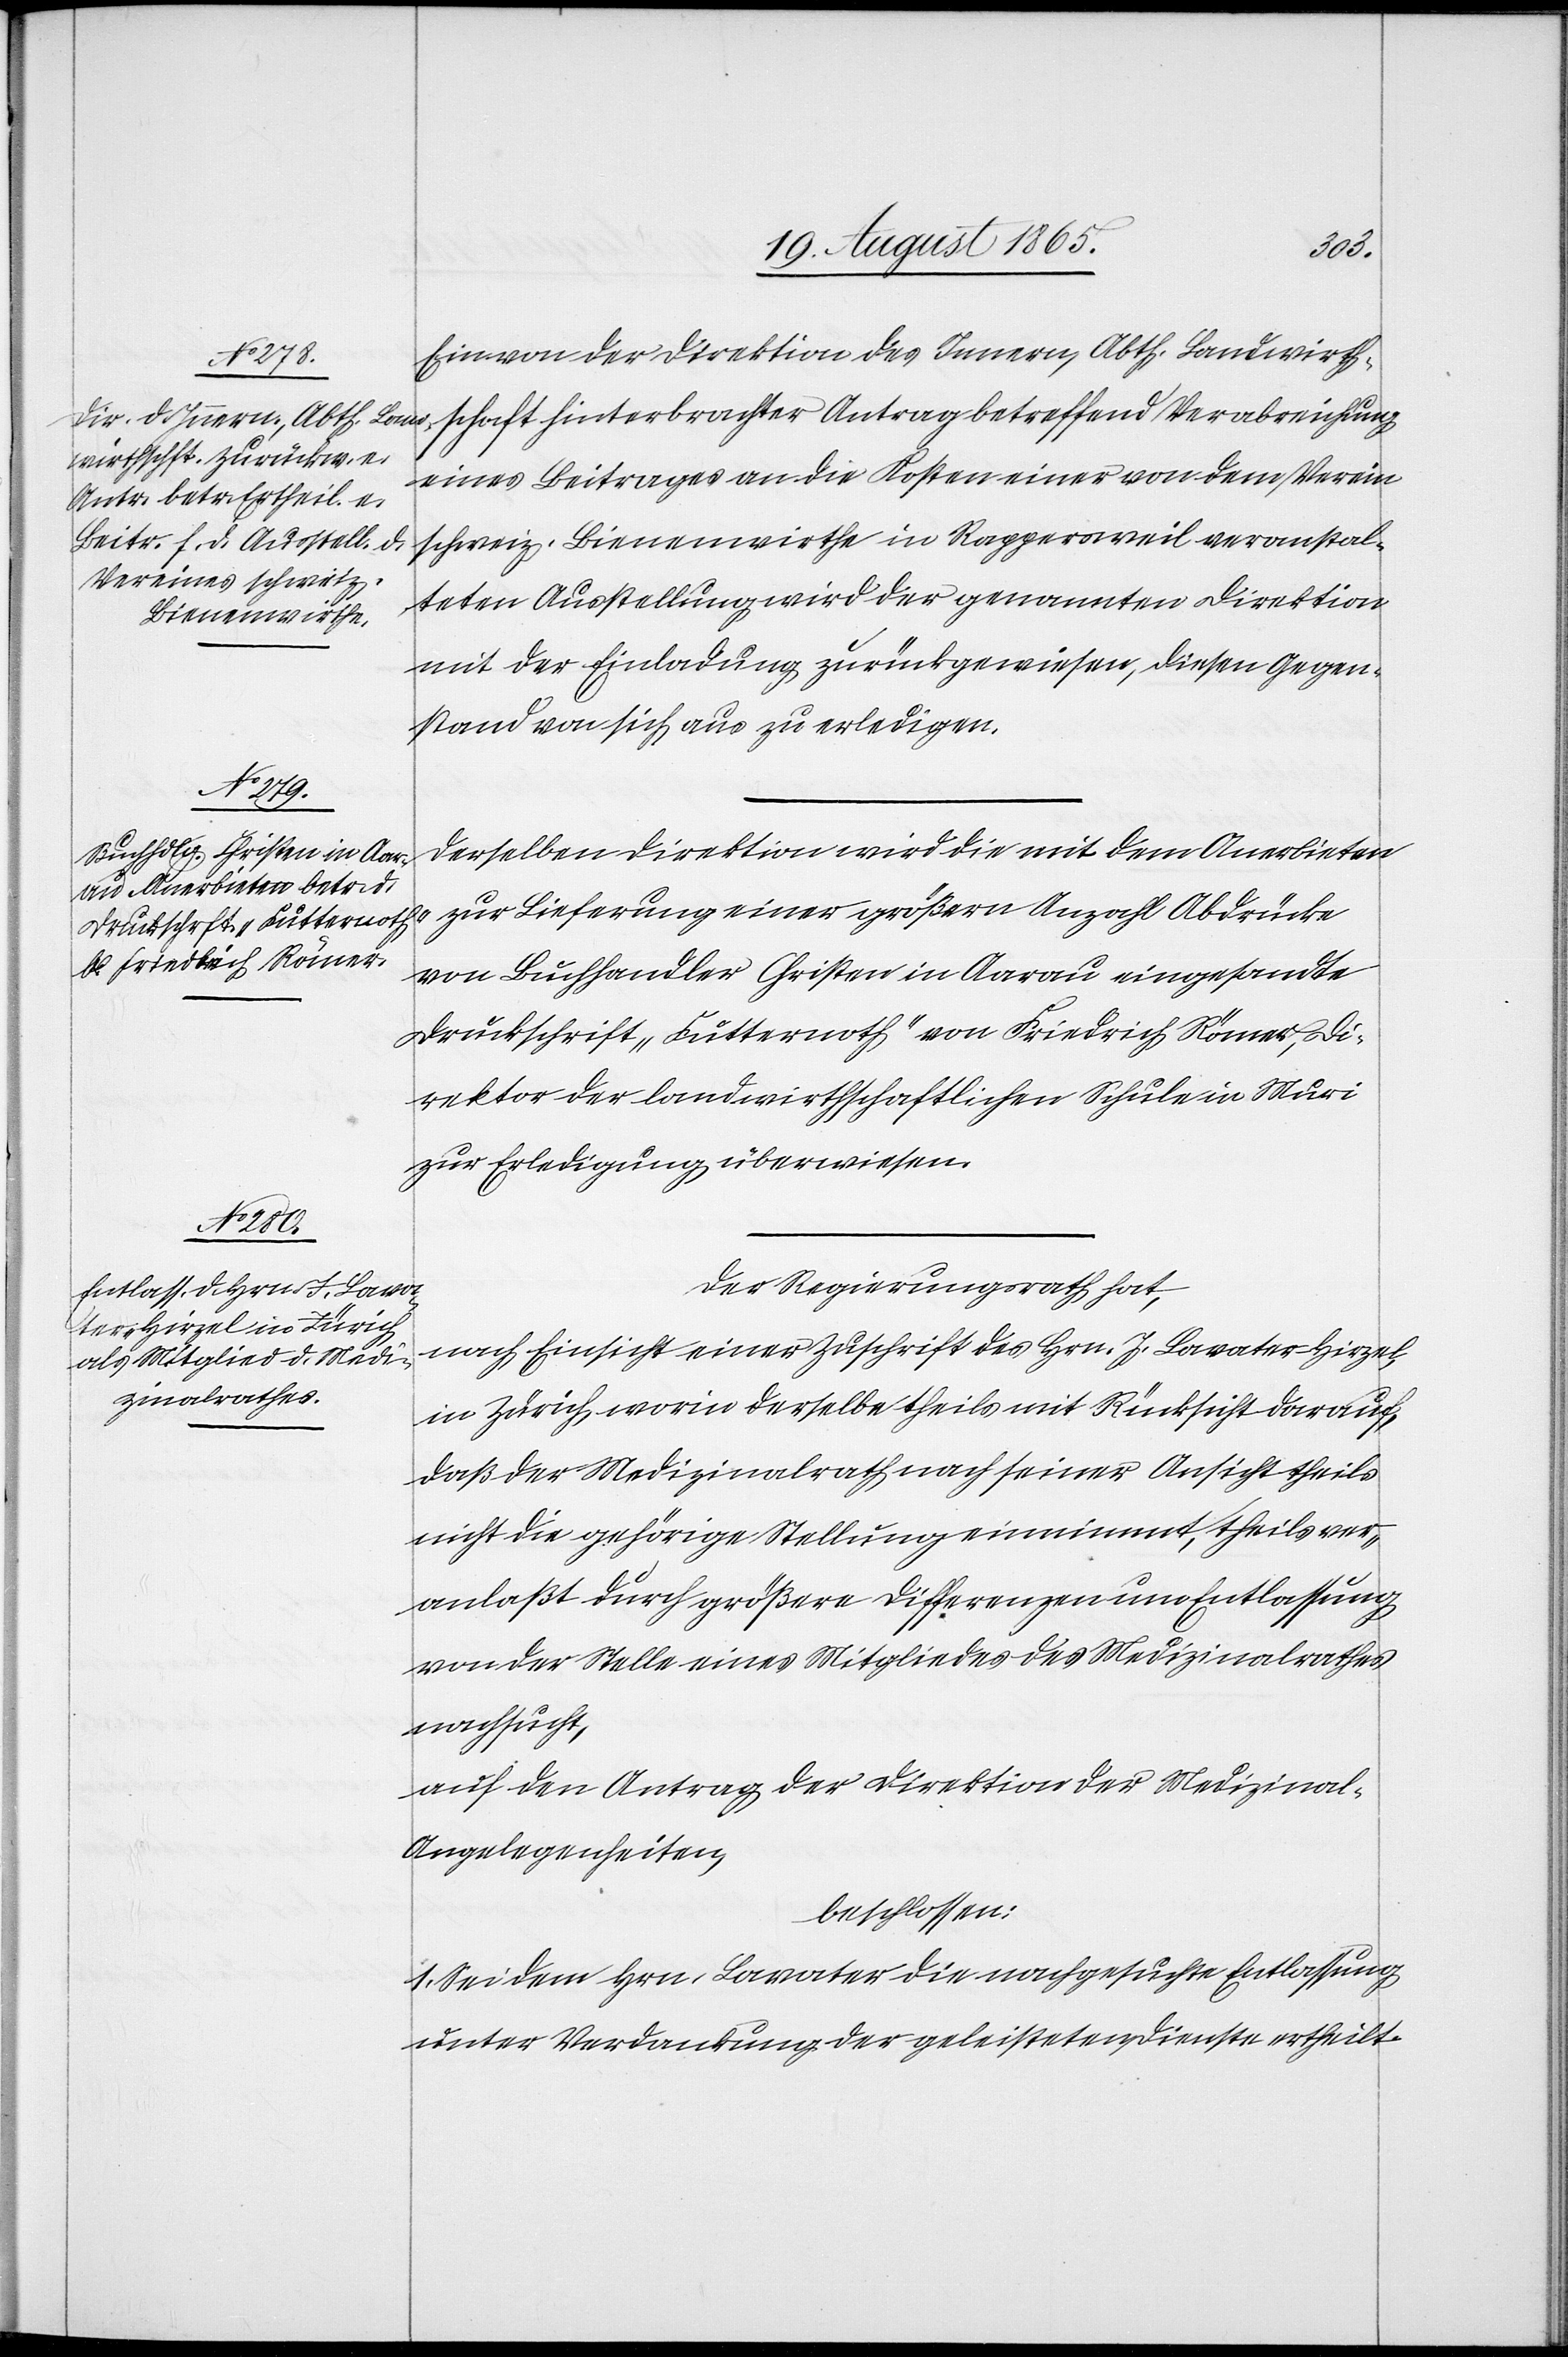
chaft
Ein von der Direktion des Innern, Abth. Landwirths¬
eines Beitrages an die Kosten einer von dem Verein
schweiz. Bienenwirthe in Rappersweil veranstal¬
teten Ausstellung wird der genannten Direktion
mit der Einladung zurückgewiesen, diesen Gegen¬
stand von sich aus zu erledigen.
Derselben Direktion wird die mit dem Anerbieten
zur Lieferung einer größern Anzahl Abdrücke
von Buchhandler Christen in Aarau eingesandte
Drückschrift „Futternoth“ von Friedrich Römer, Di¬
rektor der landwirthschaftlichen Schule in Muri
zur Erledigung überwiesen.
Der Regierungsrath hat,
nach Einsicht einer Zuschrift des Hrn. J. Lavater-Hirzel,
in Zürich, worin derselbe theils mit Rücksicht darauf,
daß der Medizinalrath nach seiner Ansicht theils
nicht die gehörige Stellung einnimmt, theils ver¬
anlaßt durch größere Differenzen um Entlassung
von der Stelle eines Mitgliedes des Medizinalrathes
nachsucht,
auf den Antrag der Direktion der Medizinal-A¬
ngelegenheiten,
beschlossen:
1. Sei dem Hrn. Lavater die nachgesuchte Entlassung
unter Verdankung der geleisteten Dienste ertheilt